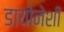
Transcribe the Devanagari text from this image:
डायोनेशी